Civil Veterinary Department Bihar & Orissa reports 1929-36 - 1929-1936
Year: 1929
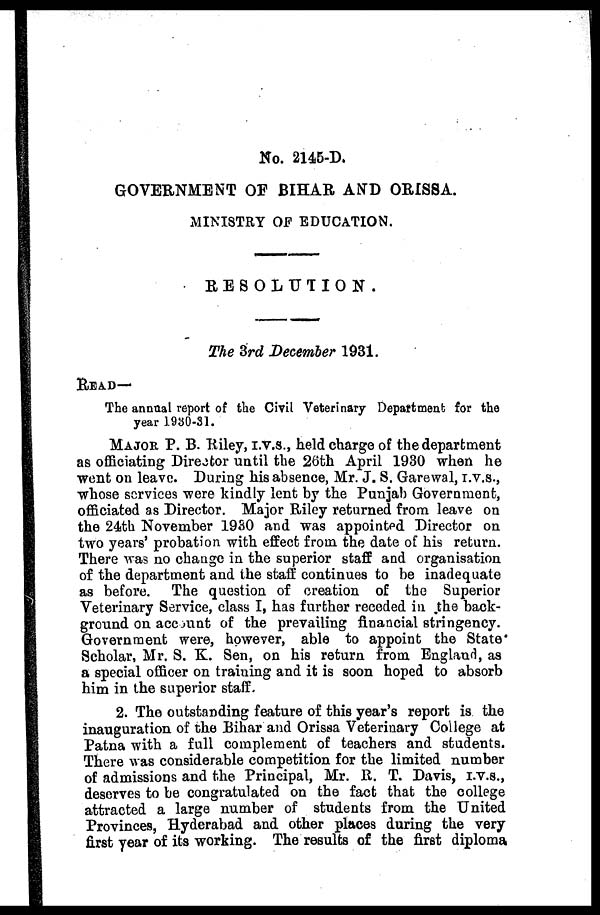
No. 2145-D.
GOVERNMENT OF BIHAR AND ORISSA.
MINISTRY OF EDUCATION.
RESOLUTION .
The 3rd December 1931.
READ—
The annual report of the Civil Veterinary Department for the
year 1930-31.
MAJOR P. B. Riley, I.V.S., held charge of the department
as officiating Director until the 26th April 1930 when he
went on leave. During his absence, Mr. J. S. Garewal, I.V.S.,
whose services were kindly lent by the Punjab Government,
officiated as Director. Major Riley returned from leave on
the 24th November 19S0 and was appointed Director on
two years' probation with effect from the date of his return.
There was no change in the superior staff and organisation
of the department and the staff continues to be inadequate
as before. The question of creation of the Superior
Veterinary Service, class I, has further receded in the back-
ground on account of the prevailing financial stringency.
Government were, however, able to appoint the State
Scholar, Mr. S. K. Sen, on his return from England, as
a special officer on training and it is soon hoped to absorb
him in the superior staff.
2. The outstanding feature of this year's report is the
inauguration of the Bihar and Orissa Veterinary College at
Patna with a full complement of teachers and students.
There was considerable competition for the limited number
of admissions and the Principal, Mr. R. T. Davis, I.V.S.,
deserves to be congratulated on the fact that the college
attracted a large number of students from the United
Provinces, Hyderabad and other places during the very
first year of its working. The results of the first diploma